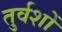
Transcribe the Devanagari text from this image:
तुर्वशों